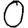
Digit: 0